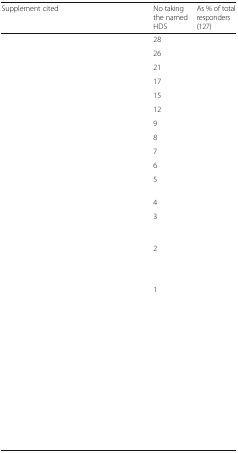
<table><thead><tr><td><b>Supplement cited</b></td><td><b>No taking the named HDS</b></td><td><b>As % of total responders (127)</b></td></tr></thead><tbody><tr><td>[EMPTY_CELL]</td><td>28</td><td>[EMPTY_CELL]</td></tr><tr><td>[EMPTY_CELL]</td><td>26</td><td>[EMPTY_CELL]</td></tr><tr><td>[EMPTY_CELL]</td><td>21</td><td>[EMPTY_CELL]</td></tr><tr><td>[EMPTY_CELL]</td><td>17</td><td>[EMPTY_CELL]</td></tr><tr><td>[EMPTY_CELL]</td><td>15</td><td>[EMPTY_CELL]</td></tr><tr><td>[EMPTY_CELL]</td><td>12</td><td>[EMPTY_CELL]</td></tr><tr><td>[EMPTY_CELL]</td><td>9</td><td>[EMPTY_CELL]</td></tr><tr><td>[EMPTY_CELL]</td><td>8</td><td>[EMPTY_CELL]</td></tr><tr><td>[EMPTY_CELL]</td><td>7</td><td>[EMPTY_CELL]</td></tr><tr><td>[EMPTY_CELL]</td><td>6</td><td>[EMPTY_CELL]</td></tr><tr><td>[EMPTY_CELL]</td><td>5</td><td>[EMPTY_CELL]</td></tr><tr><td>[EMPTY_CELL]</td><td>4</td><td>[EMPTY_CELL]</td></tr><tr><td>[EMPTY_CELL]</td><td>3</td><td>[EMPTY_CELL]</td></tr><tr><td>[EMPTY_CELL]</td><td>2</td><td>[EMPTY_CELL]</td></tr><tr><td>[EMPTY_CELL]</td><td>1</td><td>[EMPTY_CELL]</td></tr></tbody></table>